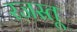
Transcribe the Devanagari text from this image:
रजस्तू